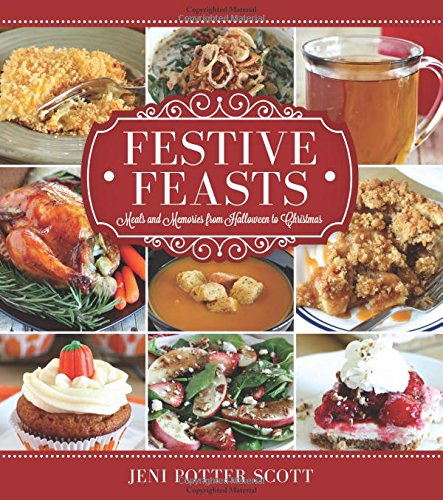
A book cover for Festive Feasts: Meals and Memories from Halloween to Christmas; Jeni Potter-Scott; Cookbooks, Food & Wine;